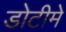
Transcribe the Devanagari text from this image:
डोटीमे